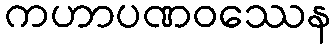
ကဟာပဏဝဿေန